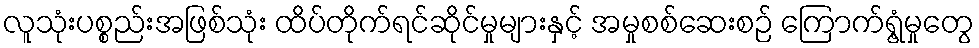
လူသုံးပစ္စည်းအဖြစ်သုံး ထိပ်တိုက်ရင်ဆိုင်မှုများနှင့် အမှုစစ်ဆေးစဉ် ကြောက်ရွံ့မှုတွေ